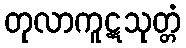
တုလာကူဋသုတ္တံ